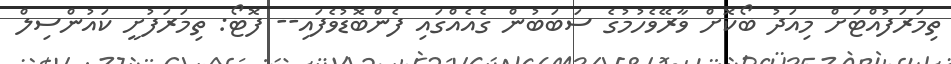
ތިމަރަފުއްޓަށް މިއަދު ބޯކޮށް ވާރޭވެހުމުގެ ސަބަބުން ގެއެއްގައި ފެންބޮޑުވެފައި-- ފޮޓޯ: ތިމަރަފުށީ ކައުންސިލް